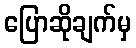
ပြောဆိုချက်မှ